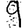
Digit: 9